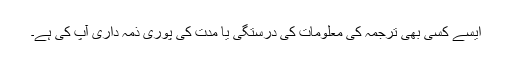
ایسے کسی بھی ترجمہ کی معلومات کی درستگی یا مدت کی پوری ذمہ داری آپ کی ہے۔